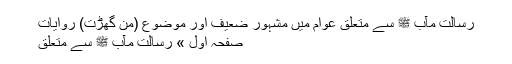
رسالت مآب ﷺ سے متعلق عوام میں مشہور ضعیف اور موضوع (من گھڑت) روایات
صفحہ اول » رسالت مآب ﷺ سے متعلق